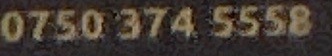
0750 374 5558